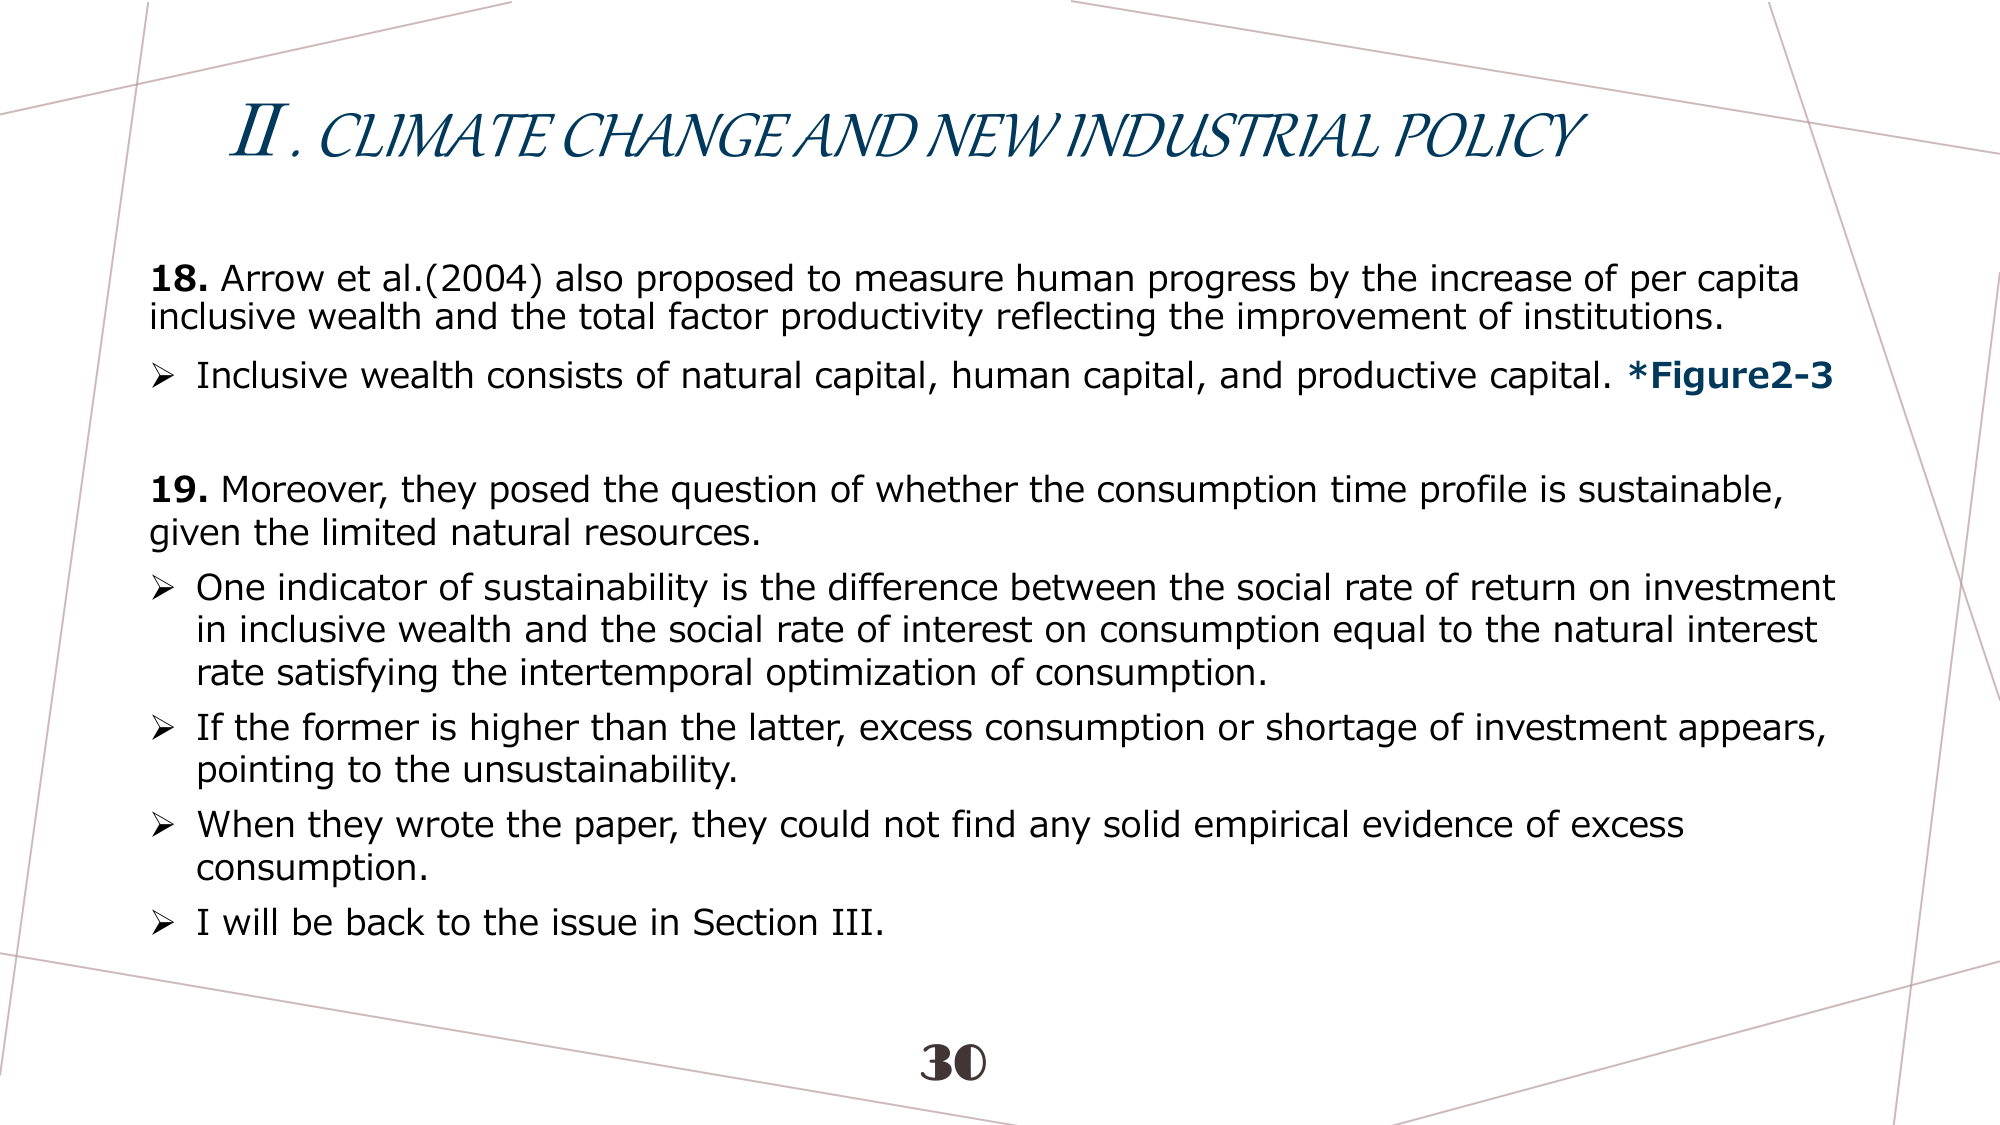
II. CLIMATE CHANGE AND NEW INDUSTRIAL POLICY

18. Arrow et al.(2004) also proposed to measure human progress by the increase of per capita inclusive wealth and the total factor productivity reflecting the improvement of institutions.
➤ Inclusive wealth consists of natural capital, human capital, and productive capital. *Figure2-3

19. Moreover, they posed the question of whether the consumption time profile is sustainable, given the limited natural resources.
➤ One indicator of sustainability is the difference between the social rate of return on investment in inclusive wealth and the social rate of interest on consumption equal to the natural interest rate satisfying the intertemporal optimization of consumption.
➤ If the former is higher than the latter, excess consumption or shortage of investment appears, pointing to the unsustainability.
➤ When they wrote the paper, they could not find any solid empirical evidence of excess consumption.
➤ I will be back to the issue in Section III.

30